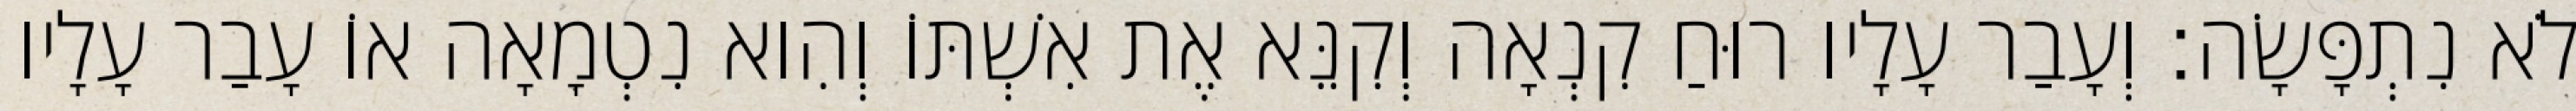
לֹא נִתְפָּשָׂה׃ וְעָבַר עָלָיו רוּחַ קִנְאָה וְקִנֵּא אֶת אִשְׁתּוֹ וְהִוא נִטְמָאָה אוֹ עָבַר עָלָיו